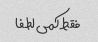
فقط کمی لطفا